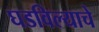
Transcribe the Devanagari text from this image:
घडविल्याचे